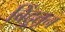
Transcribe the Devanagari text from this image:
बिंदूतून